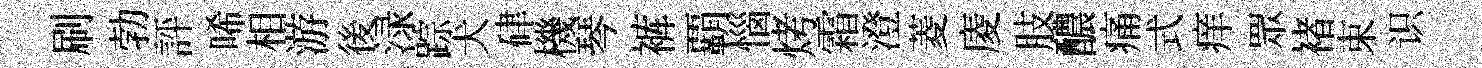
刷勃評唏相游後渌踪犬硉機琴裤覇惱烤霜澄菱庱肢醲痛式痒眾褚束识